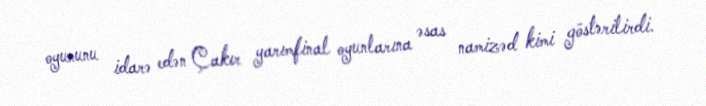
oyununu idarə edən Çakır yarımfinal oyunlarına əsas namizəd kimi göstərilirdi.